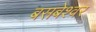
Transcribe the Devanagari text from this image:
बसबेश्वर